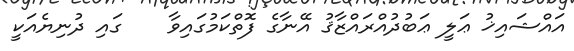
އައްޝައިޚު ޢަލީ ޢަބުދުއްރައްޒާޤު އޭނާގެ ފޮތްކަމުގައިވާ    ގައި ދުނިޔެއަކީ